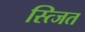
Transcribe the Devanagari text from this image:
स्त्जित